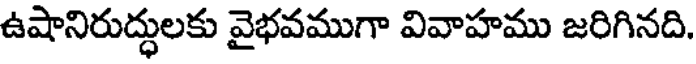
ఉషానిరుద్ధులకు వైభవముగా వివాహము జరిగినది.